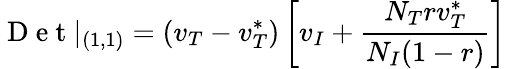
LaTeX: \mathrm{~D~e~t~}|_{(1,1)}=\left(v_{T}-v_{T}^{*}\right)\left[v_{I}+\frac{N_{T}rv_{T}^{*}}{N_{I}(1-r)}\right]